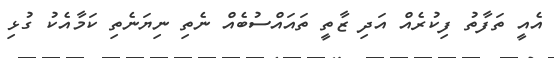
އެއީ ތަފާތު ފިކުރެއް އަދި ޒާތީ ތައައްސުބެއް ނެތި ނިޔަނެތި ކަމާއެކު ގުޅި